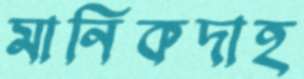
মানিকদাহ